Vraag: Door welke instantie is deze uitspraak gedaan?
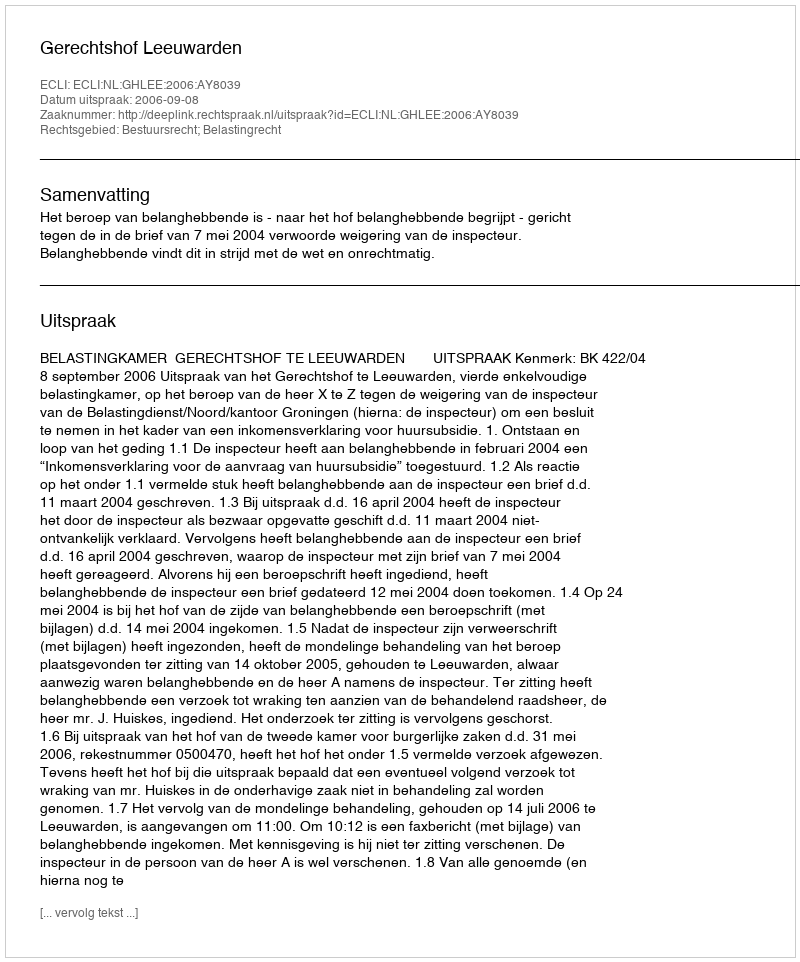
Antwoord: Gerechtshof Leeuwarden